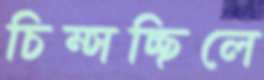
চিম্‌সচ্ছিলে